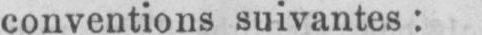
conventions suivantes: